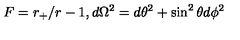
F = r _ { + } / r - 1 , d \Omega ^ { 2 } = d \theta ^ { 2 } + \sin ^ { 2 } \theta d \phi ^ { 2 }